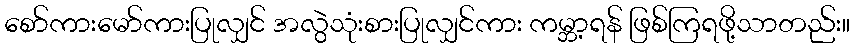
စော်ကားမော်ကားပြုလျှင် အလွဲသုံးစားပြုလျှင်ကား ကမ္ဘာ့ရန် ဖြစ်ကြရဖို့သာတည်း။